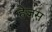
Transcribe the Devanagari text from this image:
हेजस